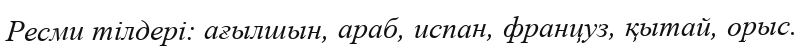
Ресми тілдері: ағылшын, араб, испан, француз, қытай, орыс.